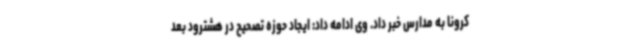
کرونا به مدارس خبر داد. وی ادامه داد: ایجاد حوزه تصحیح در هشترود بعد